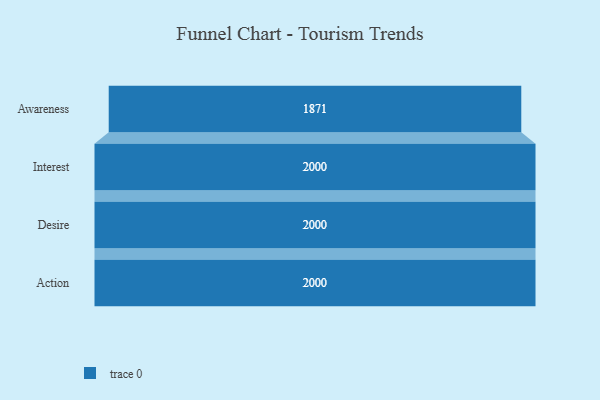
{"axis": {"x": "Stage", "y": "Value"}, "legend": [""], "data": [{"x": "Awareness", "y": 1871.0, "type": ""}, {"x": "Interest", "y": 2000, "type": ""}, {"x": "Desire", "y": 2000, "type": ""}, {"x": "Action", "y": 2000, "type": ""}]}